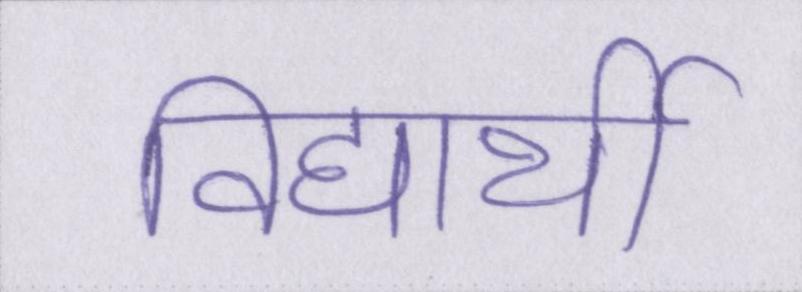
विद्यार्थी